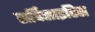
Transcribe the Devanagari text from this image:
सर्विसाइटिस